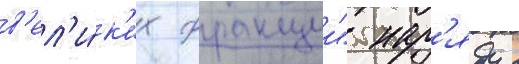
в'ел'и́к'их фракции" нар'яду с